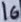
Text: 16